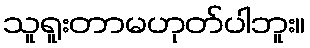
သူရူးတာမဟုတ်ပါဘူး။